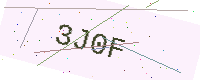
Text: 3J0F